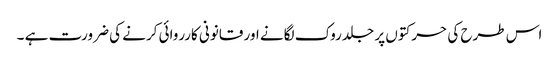
اس طرح کی حرکتوں پر جلد روک لگانے اور قانونی کارروائی کرنے کی ضرورت ہے ۔